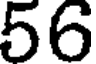
56